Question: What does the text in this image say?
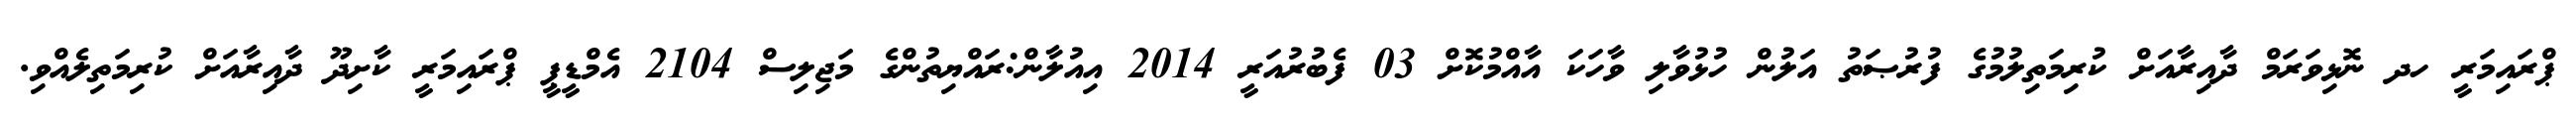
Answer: ޕްރައިމަރީ ހދ ނޮޅިވަރަމް ދާއިރާއަށް ކުރިމަތިލުމުގެ ފުރުޞަތު އަލުން ހުޅުވާލި ވާހަކަ އާއްމުކޮށް 03 ފެބުރުއަރީ 2014 އިއުލާން:ރައްޔިތުންގެ މަޖިލިސް 2104 އެމްޑީޕީ ޕްރައިމަރީ ކާށިދޫ ދާއިރާއަށް ކުރިމަތިލެއްވި.